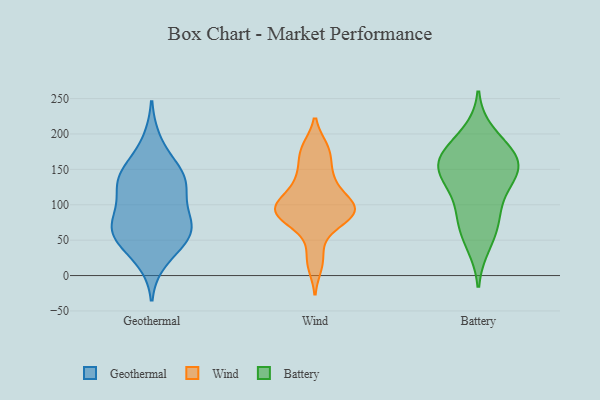
{"axis": {"x": "Headcount", "y": "Value"}, "legend": ["Battery", "Geothermal", "Wind"], "data": [{"x": "", "y": 64, "type": "Geothermal"}, {"x": "", "y": 56, "type": "Geothermal"}, {"x": "", "y": 136, "type": "Geothermal"}, {"x": "", "y": 120, "type": "Geothermal"}, {"x": "", "y": 63, "type": "Geothermal"}, {"x": "", "y": 189, "type": "Geothermal"}, {"x": "", "y": 99, "type": "Geothermal"}, {"x": "", "y": 65, "type": "Geothermal"}, {"x": "", "y": 22, "type": "Geothermal"}, {"x": "", "y": 70, "type": "Geothermal"}, {"x": "", "y": 40, "type": "Geothermal"}, {"x": "", "y": 143, "type": "Geothermal"}, {"x": "", "y": 150, "type": "Geothermal"}, {"x": "", "y": 77, "type": "Geothermal"}, {"x": "", "y": 142, "type": "Geothermal"}, {"x": "", "y": 122, "type": "Geothermal"}, {"x": "", "y": 25, "type": "Wind"}, {"x": "", "y": 149, "type": "Wind"}, {"x": "", "y": 142, "type": "Wind"}, {"x": "", "y": 89, "type": "Wind"}, {"x": "", "y": 109, "type": "Wind"}, {"x": "", "y": 16, "type": "Wind"}, {"x": "", "y": 86, "type": "Wind"}, {"x": "", "y": 92, "type": "Wind"}, {"x": "", "y": 90, "type": "Wind"}, {"x": "", "y": 178, "type": "Wind"}, {"x": "", "y": 132, "type": "Wind"}, {"x": "", "y": 64, "type": "Wind"}, {"x": "", "y": 95, "type": "Wind"}, {"x": "", "y": 90, "type": "Wind"}, {"x": "", "y": 176, "type": "Wind"}, {"x": "", "y": 91, "type": "Wind"}, {"x": "", "y": 118, "type": "Wind"}, {"x": "", "y": 179, "type": "Wind"}, {"x": "", "y": 82, "type": "Wind"}, {"x": "", "y": 102, "type": "Wind"}, {"x": "", "y": 200, "type": "Battery"}, {"x": "", "y": 163, "type": "Battery"}, {"x": "", "y": 65, "type": "Battery"}, {"x": "", "y": 170, "type": "Battery"}, {"x": "", "y": 92, "type": "Battery"}, {"x": "", "y": 151, "type": "Battery"}, {"x": "", "y": 83, "type": "Battery"}, {"x": "", "y": 44, "type": "Battery"}, {"x": "", "y": 141, "type": "Battery"}, {"x": "", "y": 142, "type": "Battery"}, {"x": "", "y": 178, "type": "Battery"}, {"x": "", "y": 160, "type": "Battery"}, {"x": "", "y": 126, "type": "Battery"}]}